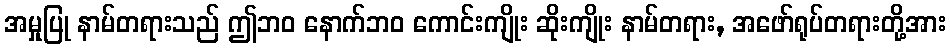
အမှုပြု နာမ်တရားသည် ဤဘဝ နောက်ဘဝ ကောင်းကျိုး ဆိုးကျိုး နာမ်တရား, အဖော်ရုပ်တရားတို့အား